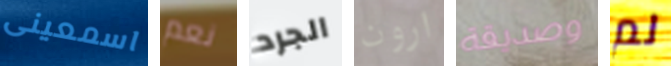
اسمعينى نعم الجرد ارون وصديقة لم